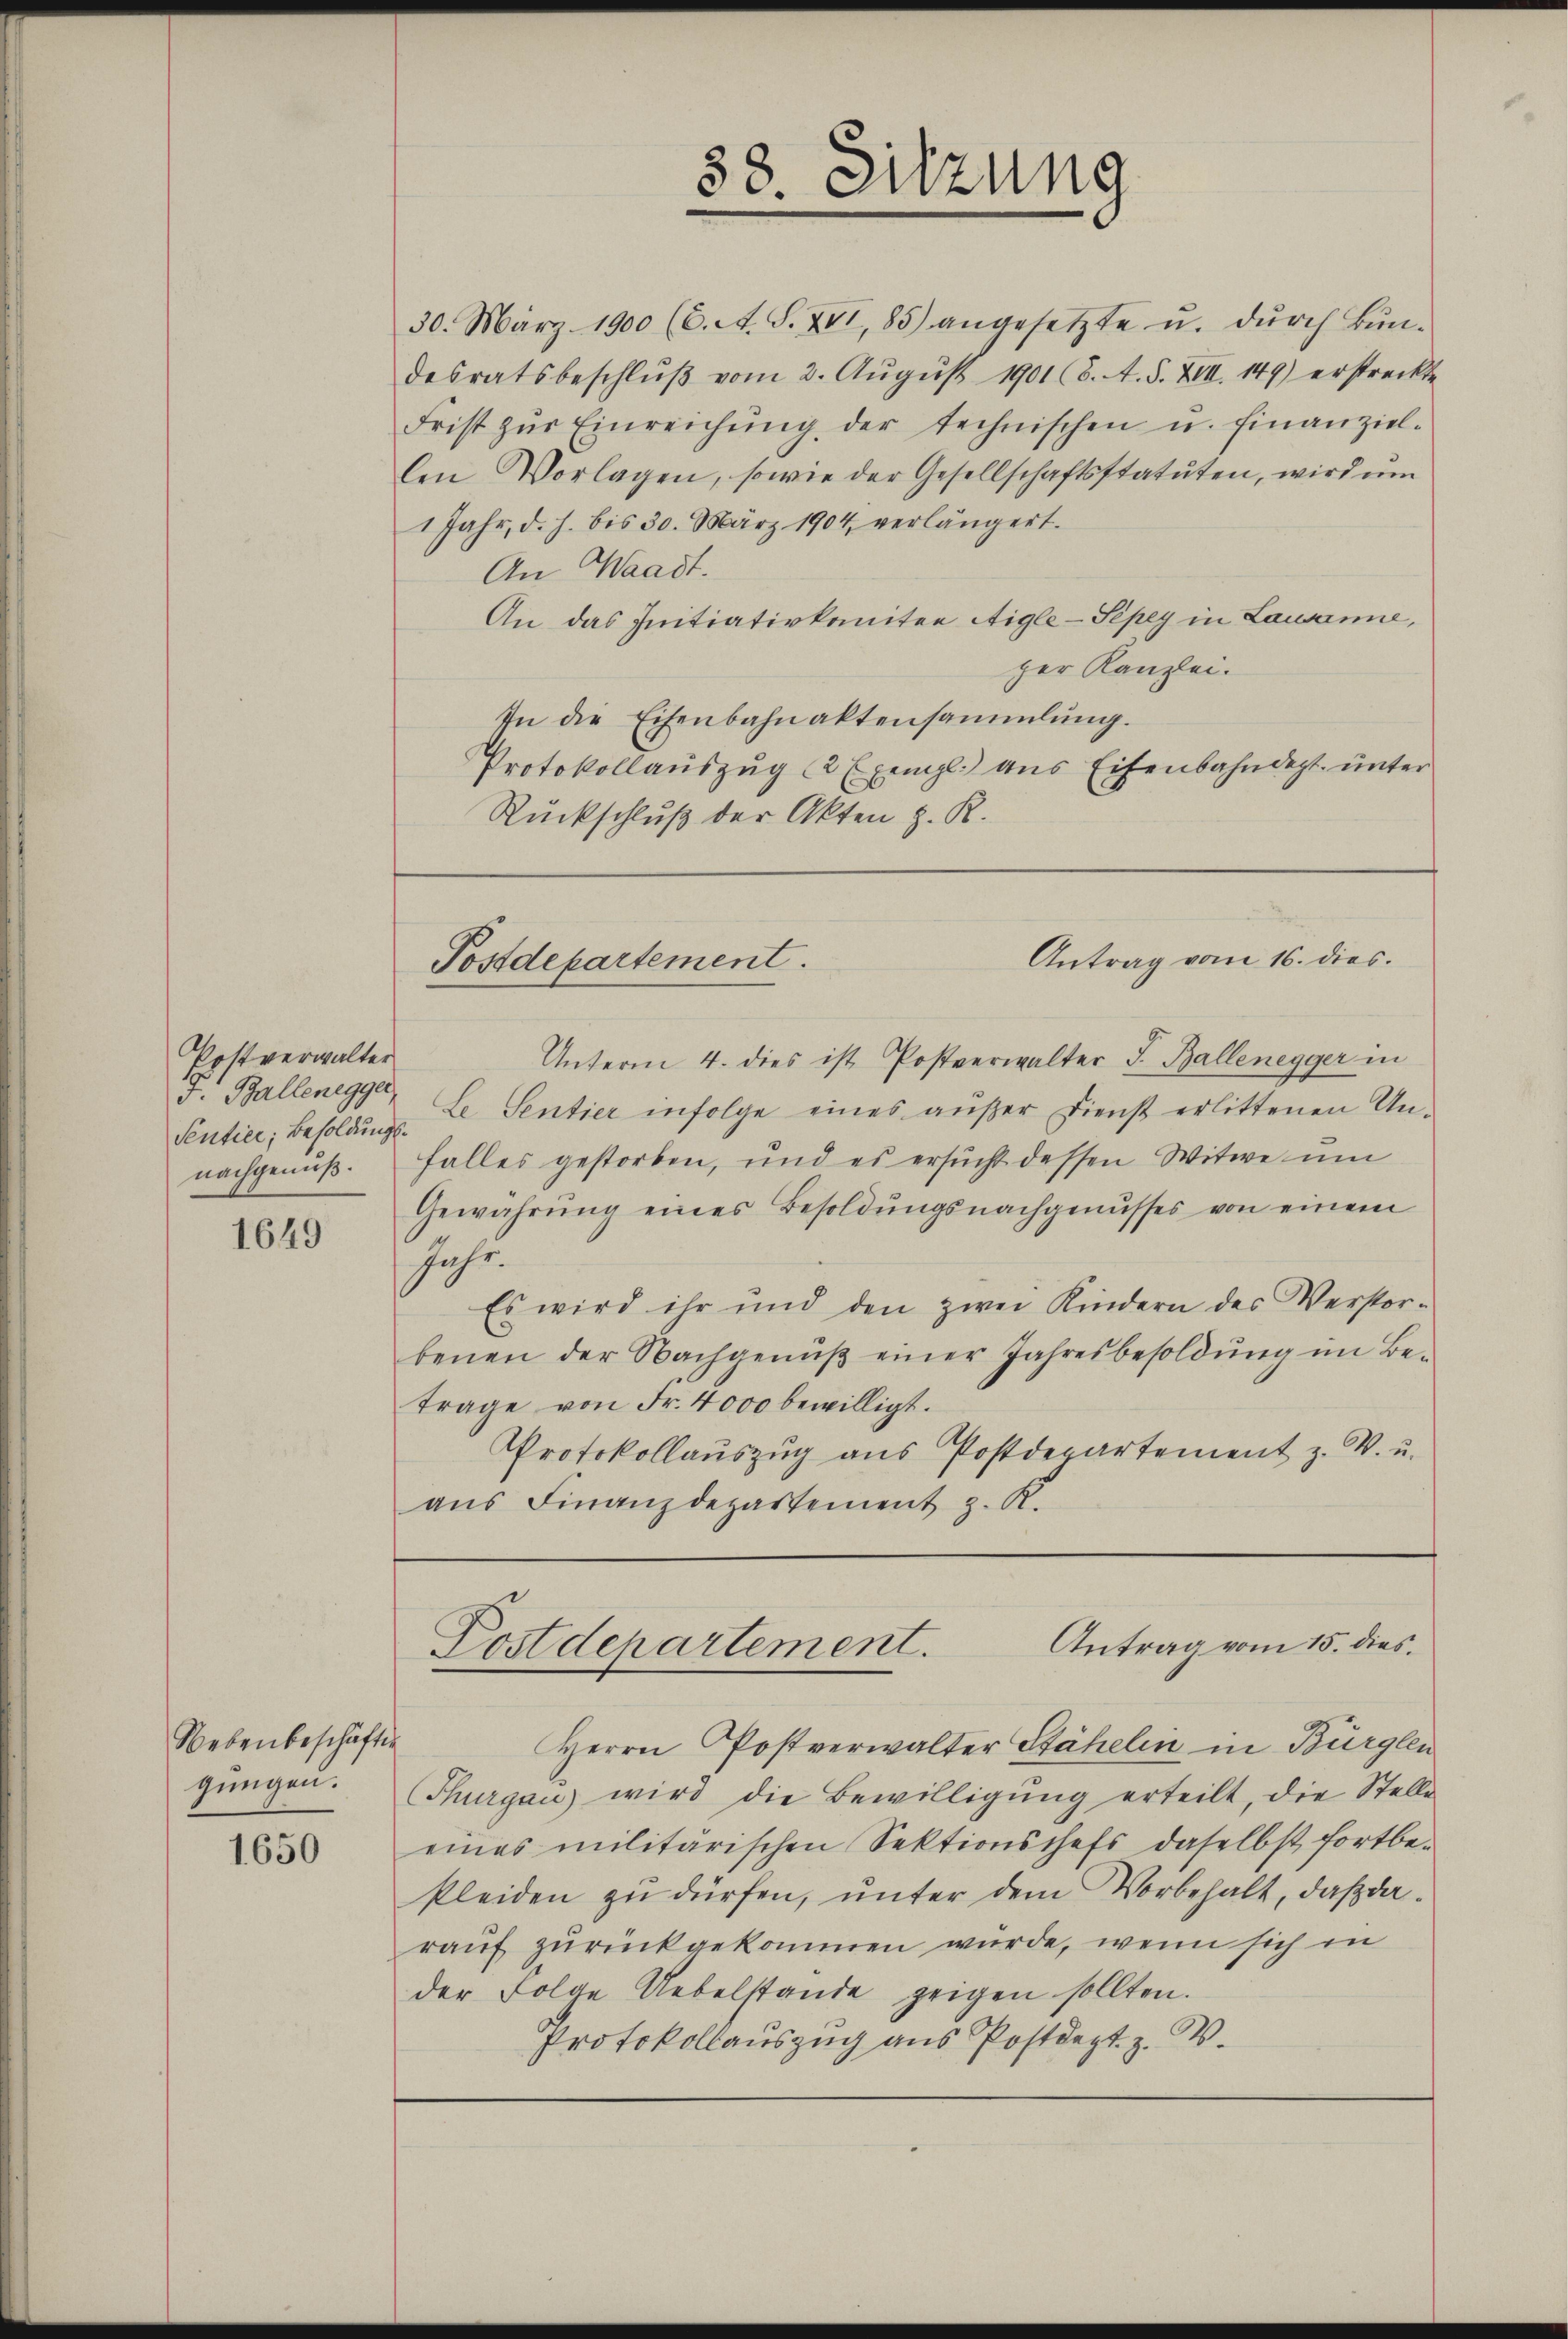
Pottverwalter
 Ballenegger,
Sentice, Besoldungsnachgenuß.

1649

Nebenbeschäft
gungen.

1650

30. März 1900 (C. A. S. XVI, 85) angesetzte u. dŭrch Bŭn-
desratsbeschlŭβ vom 2. Aŭgŭst 1901 (8. A. S. XVII. 149) erstreckte
Frist zŭr Einreichŭng der technischen u. finanziel-
len Vorlagen, sowie der Gesellschaftsstatuten, wird um
1 Jahr, d. h. bis 30. März 1904 verlängert.
An Waadt.
An das Initiativkomitee Aigle-Sepey in Lausanne,
zer Kanzlei.
In die Eisenbahnaktensammlung.
Protokollauszug (2 Exempl. aus Eisenbahndept. unter
Ruckschluß der Akten z. R.

Unterm 4. dies ist Postverwalter J. Ballenegger in
Le. Sentier infolge eines aŭβer Dienst erlittenen Un-
falles gestorben, und es ersucht dessen Witwe um
Gewährŭng eines Besoldŭngsnachgenusses von einem
Jahr.
Es wird ihr und den zwei Kindern des Verstor-
benen der Nachgenŭβ einer Jahresbesoldung im Be-
Trage von Fr. 4000 bewilligt.
Protokollaŭszŭg ans Postdepartement z. V. u.
aus Finanzdepartement z. K.

38. Sitzung

Antrag vom 16. dies
Postdepartement.

Antrag vom 15. dies
Postdepartement.

.
Herrn Postverwalter Stähelin in Bürglen
Thurgau wird die Bewilligŭng erteilt, die Stelle
eines militärischen Sektionschefs daselbst fortbekleiden zu dürfen, unter dem Vorbehalt, daß daraŭf zŭrückgekommen wurde, wenn sich in
der Folge Uebelstande zeigen sollten.
Protokollauszug aus Postdept. z. B.